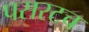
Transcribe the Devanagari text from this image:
पसरटच